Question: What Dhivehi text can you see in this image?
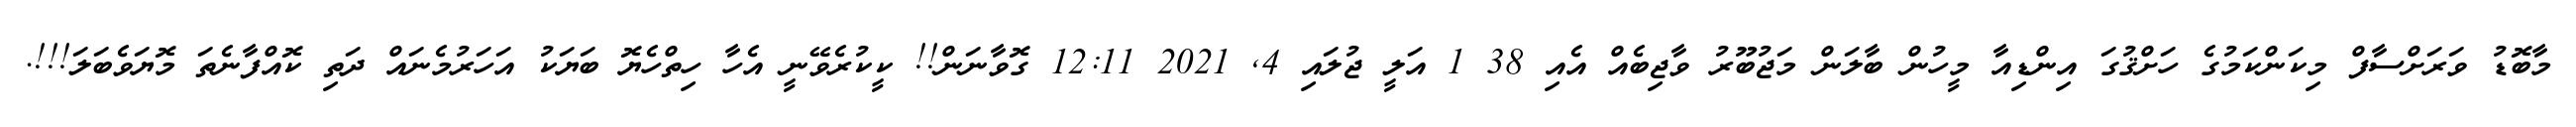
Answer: މާބޮޑު ވަރަށްސާފް މިކަންކަމުގެ ހަށްޤުގަ އިންޑިއާ މީހުން ބާލަން މަޖުބޫރު ވާޖިބެއް އެއި 38 1 އަލީ ޖުލައި 4, 2021 12:11 ގޮވާނަން!! ކީކުރެވޭނީ އެހާ ހިތްހެޔޮ ބަޔަކު އަހަރުމެނައް ދަތި ކޮއްފާނެތަ މޮޔަވެބަލަ!!!.